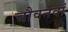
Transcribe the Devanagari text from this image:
चौवनवां